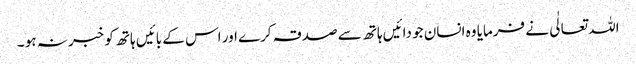
اللہ تعالٰی نے فرمایا وہ انسان جو دائیں ہاتھ سے صدقہ کرے اور اس کے بائیں ہاتھ کو خبر نہ ہو ۔